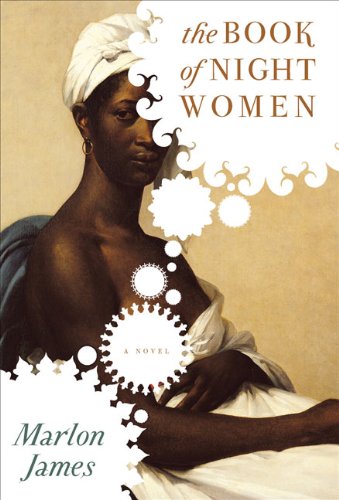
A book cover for The Book of Night Women; Marlon James; Literature & Fiction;